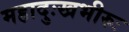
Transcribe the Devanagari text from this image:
महादुःखभीरुः